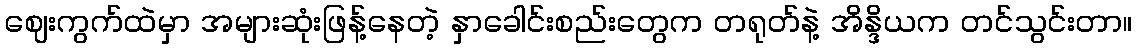
ဈေးကွက်ထဲမှာ အများဆုံးဖြန့်နေတဲ့ နှာခေါင်းစည်းတွေက တရုတ်နဲ့ အိန္ဒိယက တင်သွင်းတာ။